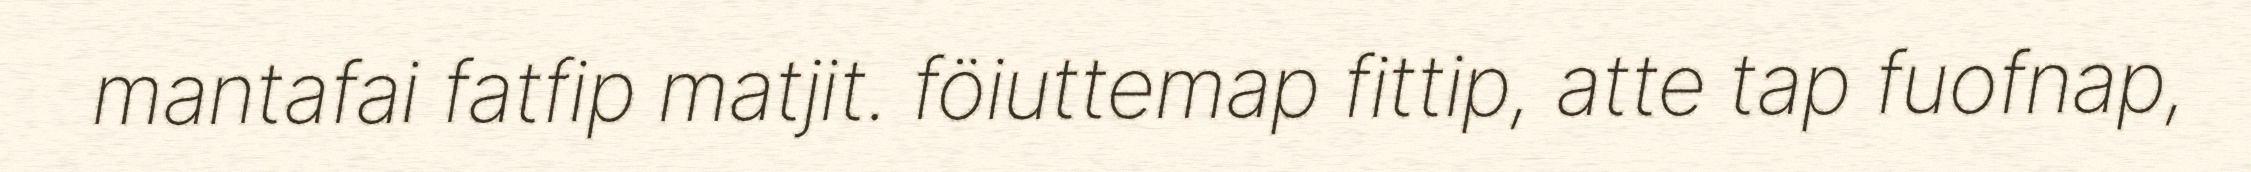
mantafai fatfip matjit. föiuttemap fittip, atte tap fuofnap,